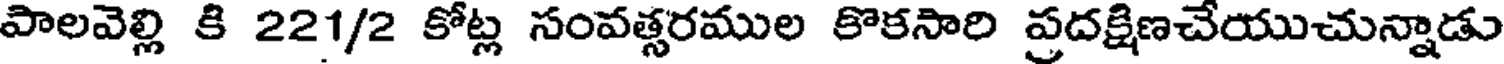
పాలవెల్లి కి 221/2 కోట్ల సంవత్సరముల కొకసారి ప్రదక్షిణచేయుచున్నాడు